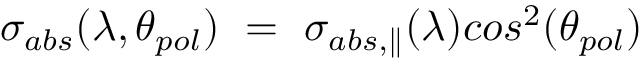
\sigma _ { a b s } ( \lambda , \theta _ { p o l } ) \ = \ \sigma _ { a b s , \parallel } ( \lambda ) c o s ^ { 2 } ( \theta _ { p o l } )